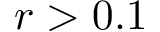
r > 0 . 1